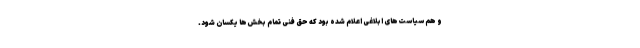
و هم سیاست‌های ابلاغی اعلام شده بود که حق فنی تمام بخش‌ها یکسان شود.